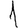
Digit: 1